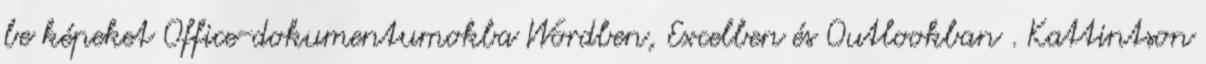
be képeket Office-dokumentumokba Wordben, Excelben és Outlookban . Kattintson